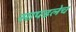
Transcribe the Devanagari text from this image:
सापडलेच